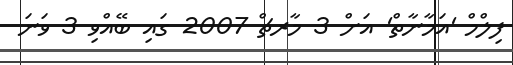
ފިލްމް 'އަމާނާތް' އަށް 3 މާރޗް 2007 ގައި ބޭއްވި 3 ވަނަ